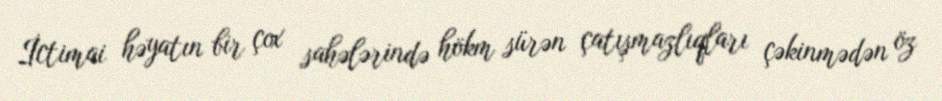
İctimai həyatın bir çox sahələrində hökm sürən çatışmazlıqları çəkinmədən öz